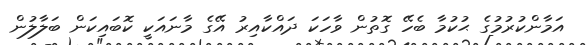
އަމާންކުރުމުގެ ޙުކުމާ ބެހޭ ގޮތުން ވާހަކަ ދައްކާއިރު އޭގެ މާނައަކީ ކޮބައިކަން ބަލާލުން